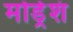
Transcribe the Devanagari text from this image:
मोड्रेशं